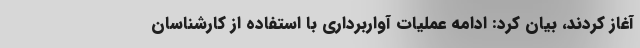
آغاز کردند، بیان کرد: ادامه عملیات آواربرداری با استفاده از کارشناسان